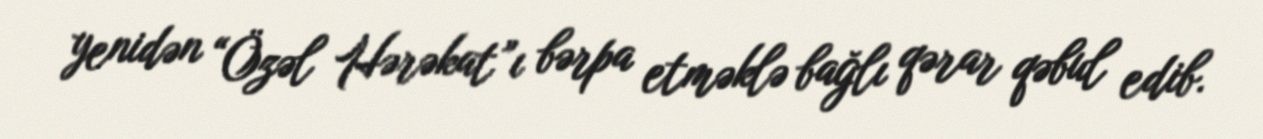
yenidən “Özəl Hərəkat”ı bərpa etməklə bağlı qərar qəbul edib.